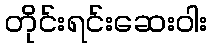
တိုင်းရင်းဆေးဝါး